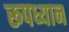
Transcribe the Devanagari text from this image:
रूपध्यान